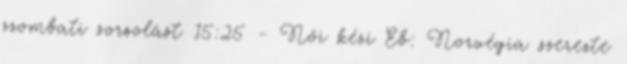
szombati sorsolást 15:25 - Női kézi Eb: Norvégia szerezte